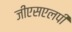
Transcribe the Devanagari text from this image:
जीएसएलपी